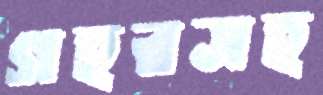
গহরসহ